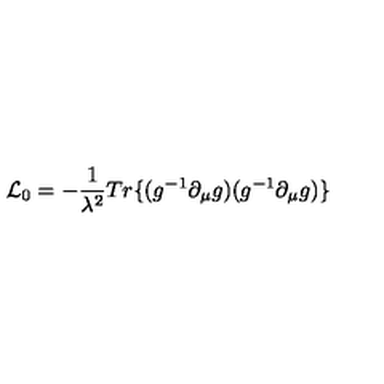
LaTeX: { \cal L } _ { 0 } = - \frac { 1 } { \lambda ^ { 2 } } T r \{ ( g ^ { - 1 } \partial _ { \mu } g ) ( g ^ { - 1 } \partial _ { \mu } g ) \}